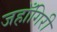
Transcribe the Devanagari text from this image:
जहाँगिरी